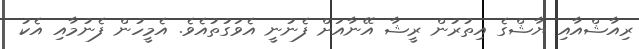
ރިއާޝްއާއި ޔާޝްގެ އިތުރުން ރީޝާ އޭނާއަށް ފެނުނީ އެވަގުތުއެވެ. އެމީހުން ފެނުމާއި އެކު